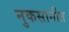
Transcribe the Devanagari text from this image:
नुकसानीत